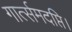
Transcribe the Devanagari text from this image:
गार्त्समदप्ति।